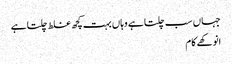
جہاں سب چلتا ہے وہاں بہت کچھ غلط چلتا ہے
انوکھے کام